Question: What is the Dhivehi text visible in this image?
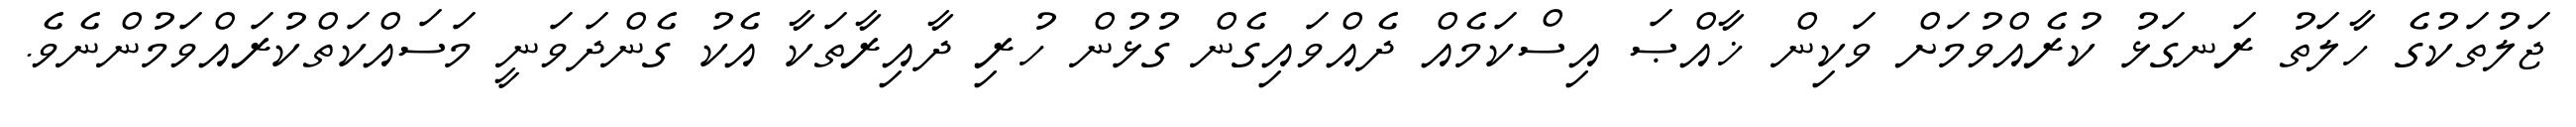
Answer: ޖަލުތަކުގެ ހާލަތު ރަނގަޅު ކުރެއްވުމަށް ވަކިން ޚާއްޞަ އިސްކަމެއް ދެއްވައިގެން ގުޅުން ހުރި ދާއިރާތަކާ އެކު ގެންދަވަނީ މަސައްކަތްކުރައްވަމުންނެވެ.